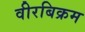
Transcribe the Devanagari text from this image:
वीरबिक्रम